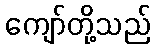
ကျော်တို့သည်